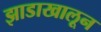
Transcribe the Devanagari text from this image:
झाडाखालून